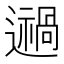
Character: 𨘌